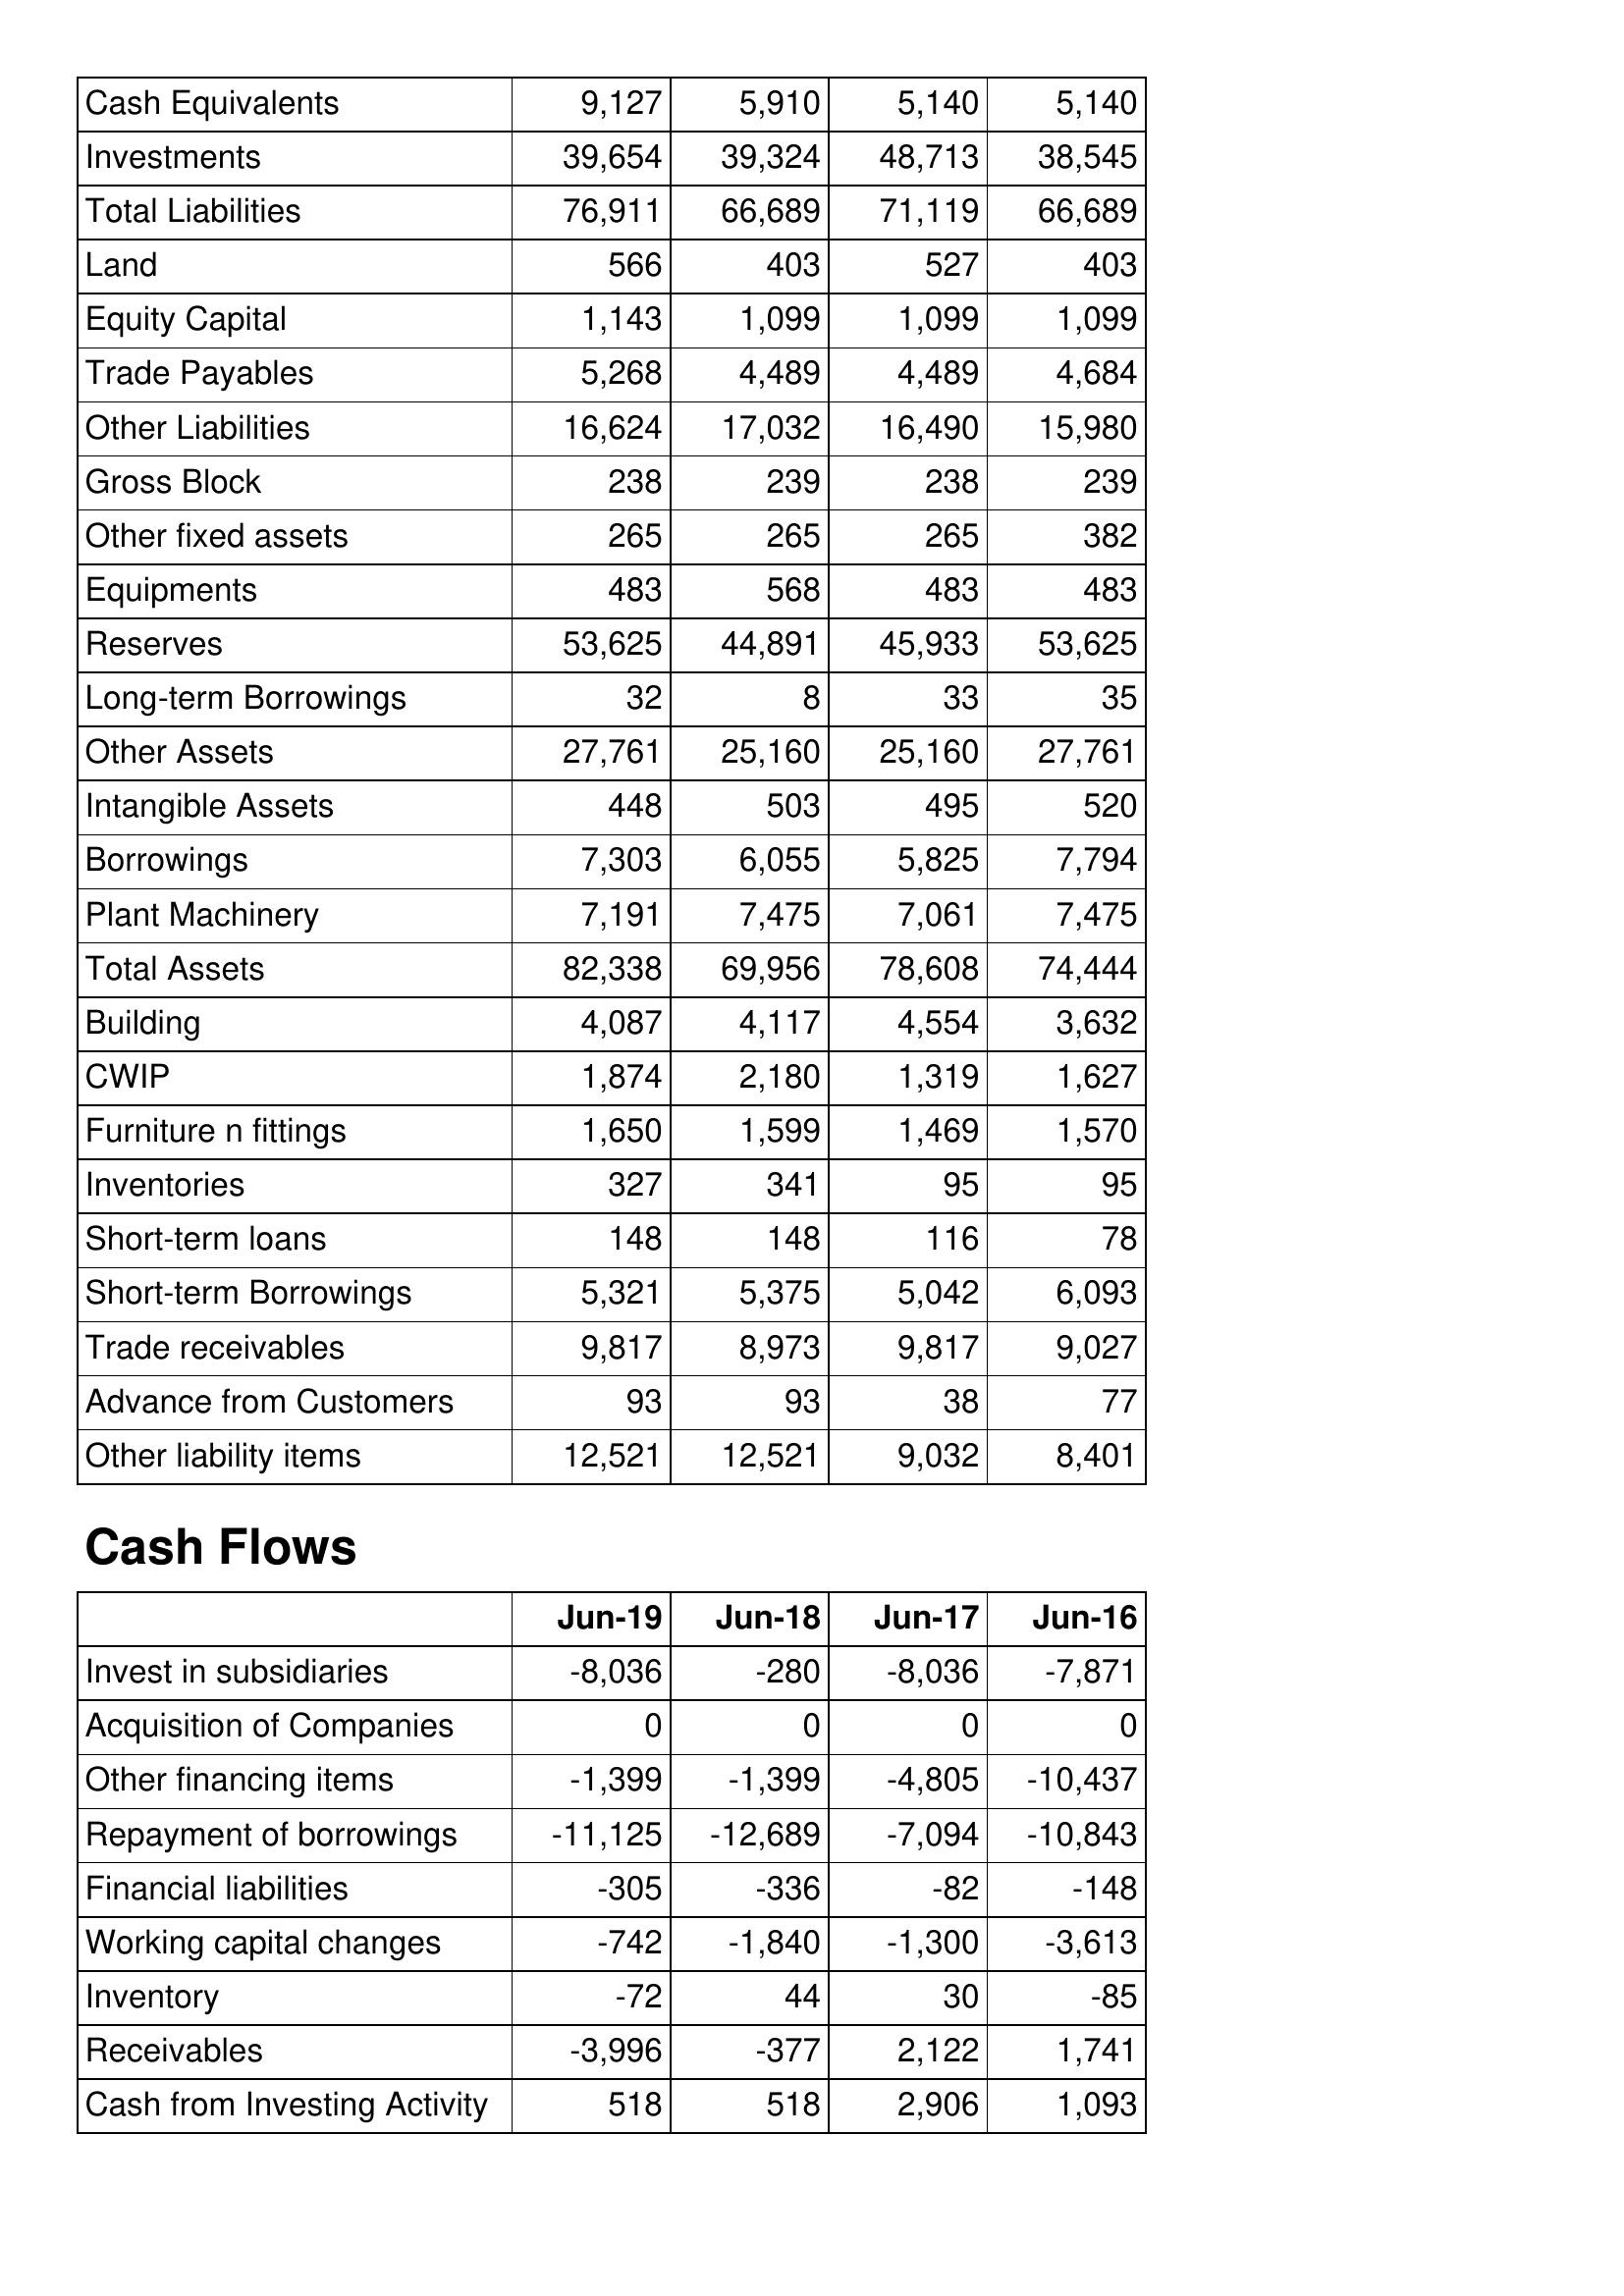
Jun-19: Balance Sheet: Cash Equivalents: 9,127
Investments: 39,654
Total Liabilities: 76,911
Land: 566
Equity Capital: 1,143
Trade Payables: 5,268
Other Liabilities: 16,624
Gross Block: 238
Other fixed assets: 265
Equipments: 483
Reserves: 53,625
Long-term Borrowings: 32
Other Assets: 27,761
Intangible Assets: 448
Borrowings: 7,303
Plant Machinery: 7,191
Total Assets: 82,338
Building: 4,087
CWIP: 1,874
Furniture n fittings: 1,650
Inventories: 327
Short-term loans: 148
Short-term Borrowings: 5,321
Trade receivables: 9,817
Advance from Customers: 93
Other liability items: 12,521
Cash Flows: Invest in subsidiaries: -8,036
Acquisition of Companies: 0
Other financing items: -1,399
Repayment of borrowings: -11,125
Financial liabilities: -305
Working capital changes: -742
Inventory: -72
Receivables: -3,996
Cash from Investing Activity: 518
Jun-18: Balance Sheet: Cash Equivalents: 5,910
Investments: 39,324
Total Liabilities: 66,689
Land: 403
Equity Capital: 1,099
Trade Payables: 4,489
Other Liabilities: 17,032
Gross Block: 239
Other fixed assets: 265
Equipments: 568
Reserves: 44,891
Long-term Borrowings: 8
Other Assets: 25,160
Intangible Assets: 503
Borrowings: 6,055
Plant Machinery: 7,475
Total Assets: 69,956
Building: 4,117
CWIP: 2,180
Furniture n fittings: 1,599
Inventories: 341
Short-term loans: 148
Short-term Borrowings: 5,375
Trade receivables: 8,973
Advance from Customers: 93
Other liability items: 12,521
Cash Flows: Invest in subsidiaries: -280
Acquisition of Companies: 0
Other financing items: -1,399
Repayment of borrowings: -12,689
Financial liabilities: -336
Working capital changes: -1,840
Inventory: 44
Receivables: -377
Cash from Investing Activity: 518
Jun-17: Balance Sheet: Cash Equivalents: 5,140
Investments: 48,713
Total Liabilities: 71,119
Land: 527
Equity Capital: 1,099
Trade Payables: 4,489
Other Liabilities: 16,490
Gross Block: 238
Other fixed assets: 265
Equipments: 483
Reserves: 45,933
Long-term Borrowings: 33
Other Assets: 25,160
Intangible Assets: 495
Borrowings: 5,825
Plant Machinery: 7,061
Total Assets: 78,608
Building: 4,554
CWIP: 1,319
Furniture n fittings: 1,469
Inventories: 95
Short-term loans: 116
Short-term Borrowings: 5,042
Trade receivables: 9,817
Advance from Customers: 38
Other liability items: 9,032
Cash Flows: Invest in subsidiaries: -8,036
Acquisition of Companies: 0
Other financing items: -4,805
Repayment of borrowings: -7,094
Financial liabilities: -82
Working capital changes: -1,300
Inventory: 30
Receivables: 2,122
Cash from Investing Activity: 2,906
Jun-16: Balance Sheet: Cash Equivalents: 5,140
Investments: 38,545
Total Liabilities: 66,689
Land: 403
Equity Capital: 1,099
Trade Payables: 4,684
Other Liabilities: 15,980
Gross Block: 239
Other fixed assets: 382
Equipments: 483
Reserves: 53,625
Long-term Borrowings: 35
Other Assets: 27,761
Intangible Assets: 520
Borrowings: 7,794
Plant Machinery: 7,475
Total Assets: 74,444
Building: 3,632
CWIP: 1,627
Furniture n fittings: 1,570
Inventories: 95
Short-term loans: 78
Short-term Borrowings: 6,093
Trade receivables: 9,027
Advance from Customers: 77
Other liability items: 8,401
Cash Flows: Invest in subsidiaries: -7,871
Acquisition of Companies: 0
Other financing items: -10,437
Repayment of borrowings: -10,843
Financial liabilities: -148
Working capital changes: -3,613
Inventory: -85
Receivables: 1,741
Cash from Investing Activity: 1,093